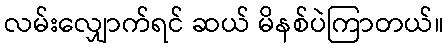
လမ်းလျှောက်ရင် ဆယ် မိနစ်ပဲကြာတယ်။